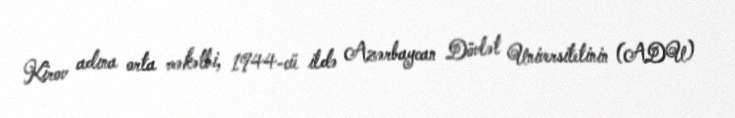
Kirov adına orta məkətbi, 1944-cü ildə Azərbaycan Dövlət Universitetinin (ADU)